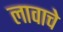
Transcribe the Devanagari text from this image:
लावाचे